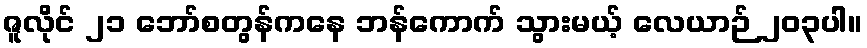
ဇူလိုင် ၂၁ ဘော်စတွန်ကနေ ဘန်ကောက် သွားမယ့် လေယာဉ် ၂၀၃ပါ။